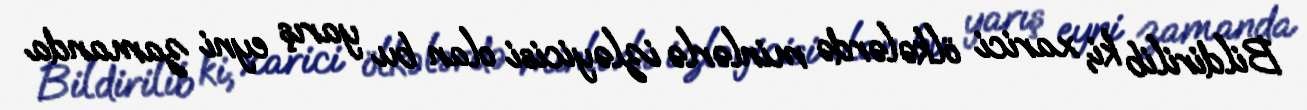
Bildirilib ki, xarici ölkələrdə minlərlə izləyicisi olan bu yarış eyni zamanda